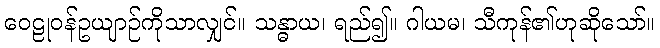
ဝေဠုဝန်ဥယျာဉ်ကိုသာလျှင်။ သန္ဓာယ၊ ရည်၍။ ဂါယမ၊ သီကုန်၏ဟုဆိုသော်။